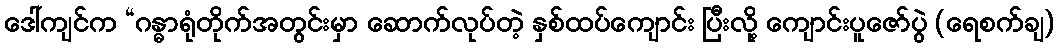
ဒေါ်ကျင်က “ဂန္ဓာရုံတိုက်အတွင်းမှာ ဆောက်လုပ်တဲ့ နှစ်ထပ်ကျောင်း ပြီးလို့ ကျောင်းပူဇော်ပွဲ (ရေစက်ချ)